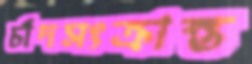
চাঁদসংক্রান্ত